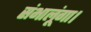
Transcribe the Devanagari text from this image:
संभालूंगा।